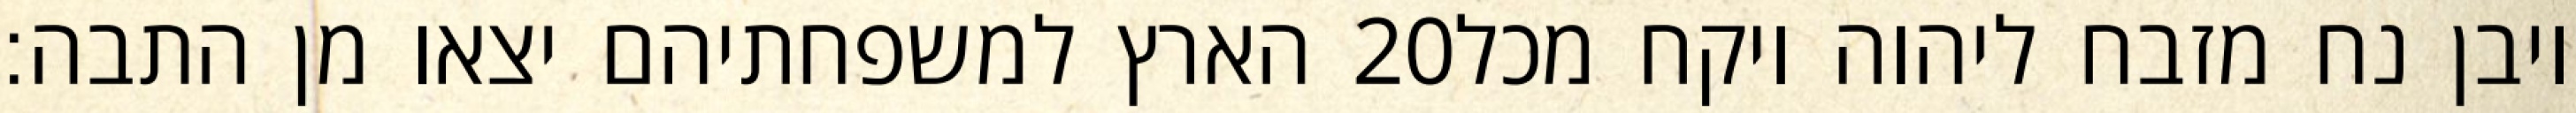
הארץ למשפחתיהם יצאו מן התבה׃ ‎20‏ ויבן נח מזבח ליהוה ויקח מכל